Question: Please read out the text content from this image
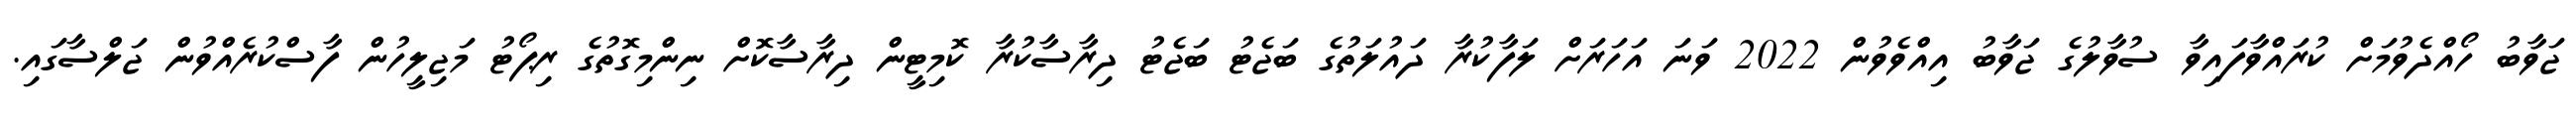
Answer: ޖަވާބު ހޯއްދެވުމަށް ކުރައްވާފައިވާ ސުވާލުގެ ޖަވާބު އިއްވެވުން 2022 ވަނަ އަހަރަށް ލަފާކުރާ ދައުލަތުގެ ބަޖެޓު ބަޖެޓު ދިރާސާކުރާ ކޮމިޓީން ދިރާސާކޮށް ނިންމިގޮތުގެ ރިޕޯޓު މަޖިލީހުން ފާސްކުރެއްވުން ޖަލްސާގައި.